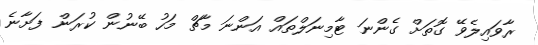
ރާވައިލެވޭ ގޮތަށް ގެންނަ ޓާމިނަލްތައް އަންނަ މާޗް މަހު ބޭނުން ކުރަން ފަށާނެ